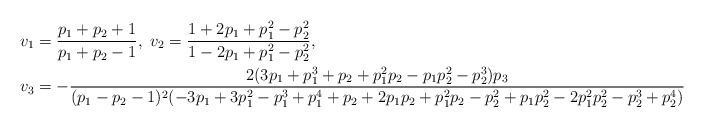
\begin{align*}v_1&=\frac{p_1+p_2+1}{p_1+p_2-1},\ v_2=\frac{1+2p_1+p_1^2-p_2^2}{1-2p_1+p_1^2-p_2^2},\\v_3&=-\frac{2(3p_1+p_1^3+p_2+p_1^2p_2-p_1p_2^2-p_2^3)p_3}{(p_1-p_2-1)^2(-3p_1+3p_1^2-p_1^3+p_1^4+p_2+2p_1p_2+p_1^2p_2-p_2^2+p_1p_2^2-2p_1^2p_2^2-p_2^3+p_2^4)}\end{align*}